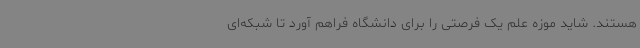
هستند. شاید موزه علم یک فرصتی را برای دانشگاه فراهم آورد تا شبکه‌ای